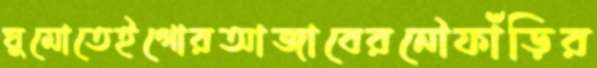
ঘুমোতেইগোরআজাবেরনৌফাঁড়ির